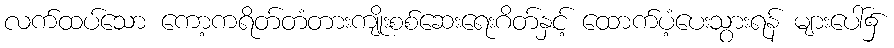
လက်ထပ်သော ကော့ကရိတ်တံတားကျိုးစစ်ဆေးရေးဂိတ်နှင့် ထောက်ပံ့ပေးသွားရန် များပေါ်၌